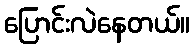
ပြောင်းလဲနေတယ်။